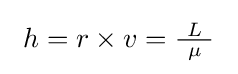
{\textstyle \ h=r\times v={\frac {\ L\ }{\mu }}\ }